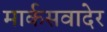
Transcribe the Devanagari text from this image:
मार्कसवादेर